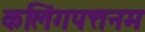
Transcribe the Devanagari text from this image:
कलिंगपत्तनम